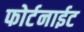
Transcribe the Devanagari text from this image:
फोर्टनाईट